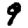
Digit: 9